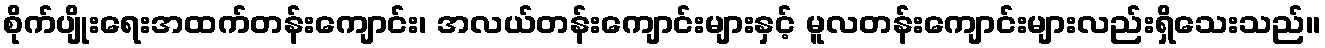
စိုက်ပျိုးရေးအထက်တန်းကျောင်း၊ အလယ်တန်းကျောင်းများနှင့် မူလတန်းကျောင်းများလည်းရှိသေးသည်။